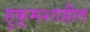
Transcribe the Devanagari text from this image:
हुकूमशाहीत